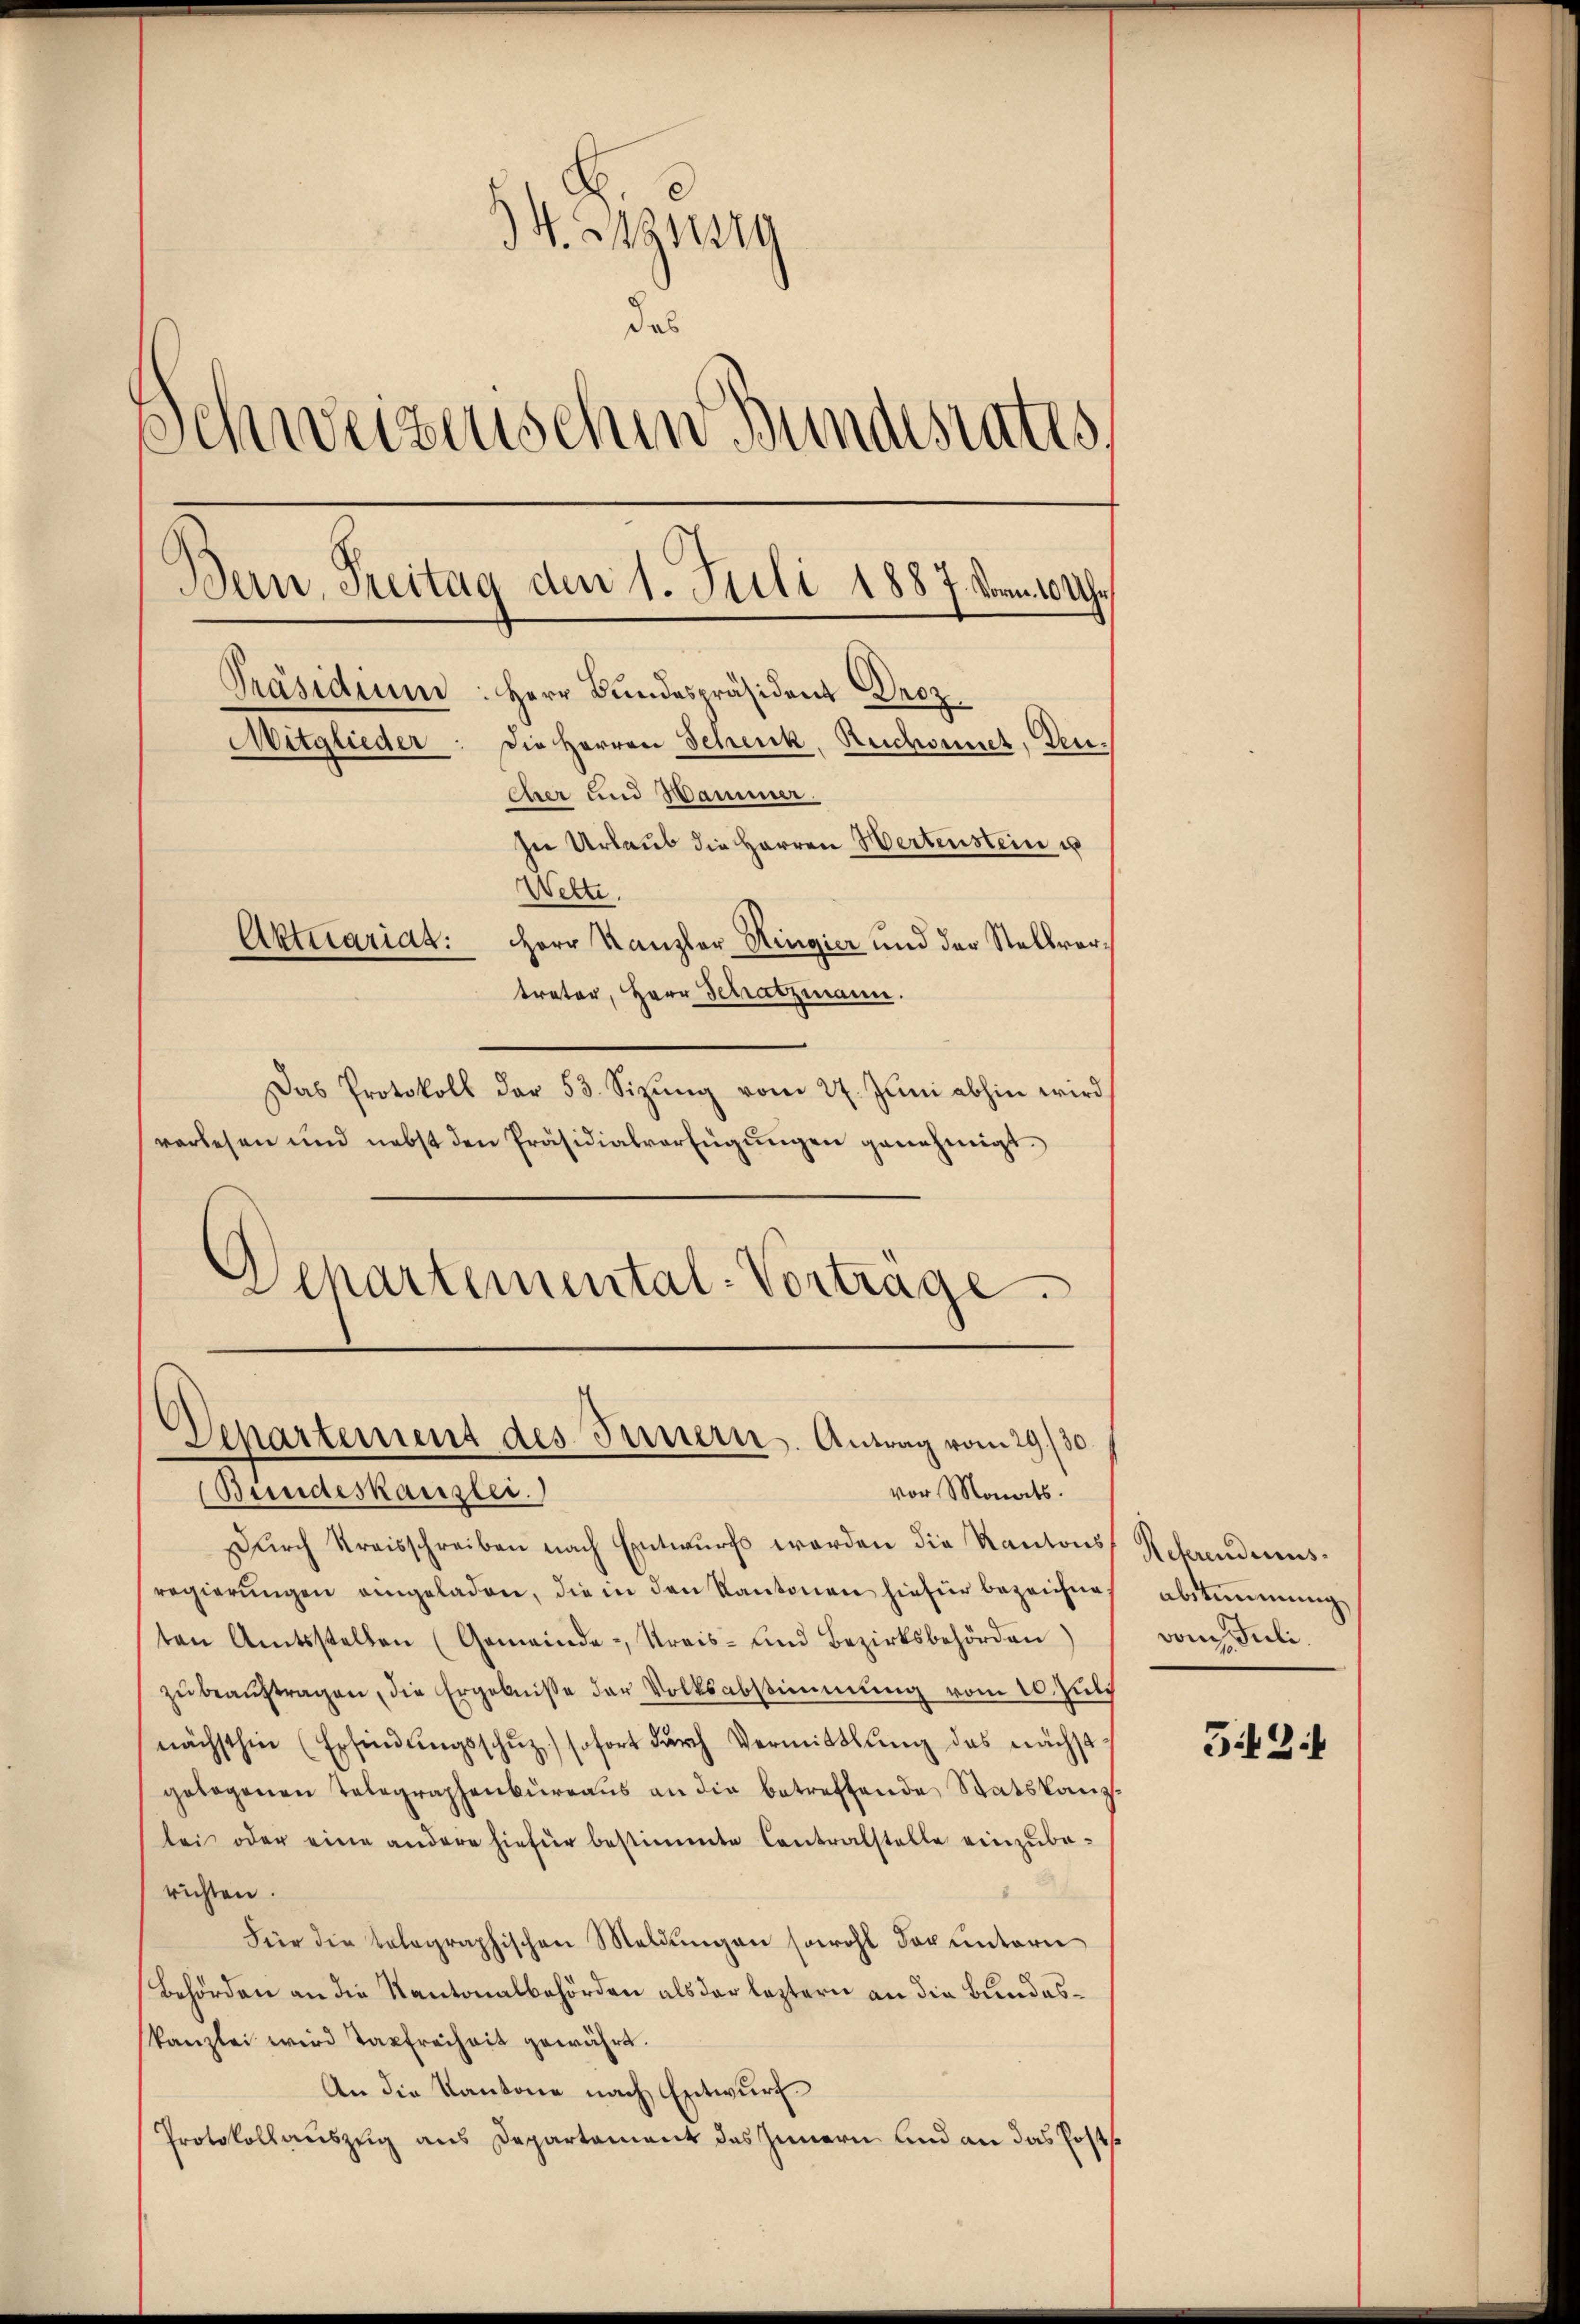
V. Bezierg
das
Schweizerischen Bundestatis,
Bern, Freitag den 1. Juli 1887. Vorm. 10 Uhr
Präsidium: Herr Bundespräsident Droz.
Mitglieder: die Herren Schenk, Reichornet, Leueher und Wammer.
In Urlaub die Herren Wertenstein un
Welte.
Aktuariat: Herr Kanzler Hingier und der Stellvertreter, Herr Schatzmann.

Das Protokoll der 53. Sizŭng vom 27. Jŭni abhin wird
verlesen und nebst den Präsidialverfügŭngen genehmigt.
Departemental-Vortrage.

Departement des Innern. Antrag vom 29./30.
Bundeskanzlei.
vor Monats.

Durch Kreisschreiben nach Entwurfs werden die Kantonsregierŭngen angeladen, die in den Kantonen hiefür bezeichneten Amtsstellen (Gemeinde-, Kreis- und Bezirksbehörden
zŭ beaŭftragen, die Ergebnisse der Volksabstimmung vom 10. Juli
nächsthin (Erfindŭngsschŭz) sofort durch Vermittlung des nächst
gebogenen Telegraphenbureaus an die betreffende Statskanzlei oder eine andere hiefür bestimmte Contralstelle einzubarichten.
Für die telegraphischen Meldungen sowohl darunteri
Behörden an die Kantonalbehörden als der leztern an die Bundeskanzlei wird taxfreiheit gewährt.
An die Kantone nach Entwurf
Protokollauszug aus Departament des Innern und an das Posts

Rehrendensabstimmung
vom Juli.

542: